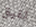
تفيق